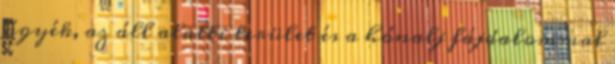
ágyék, az áll alatti terület és a hónalj fájdalommal